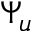
\Psi _ { u }